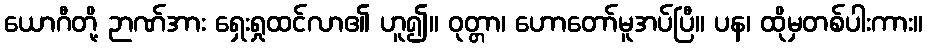
ယောဂီတို့ ဉာဏ်အား ရှေးရှုထင်လာ၏ ဟူ၍။ ဝုတ္တာ၊ ဟောတော်မူအပ်ပြီ။ ပန၊ ထိုမှတစ်ပါးကား။